Vaccination report Assam 1874-1896 - 1874-1896
Year: 1874
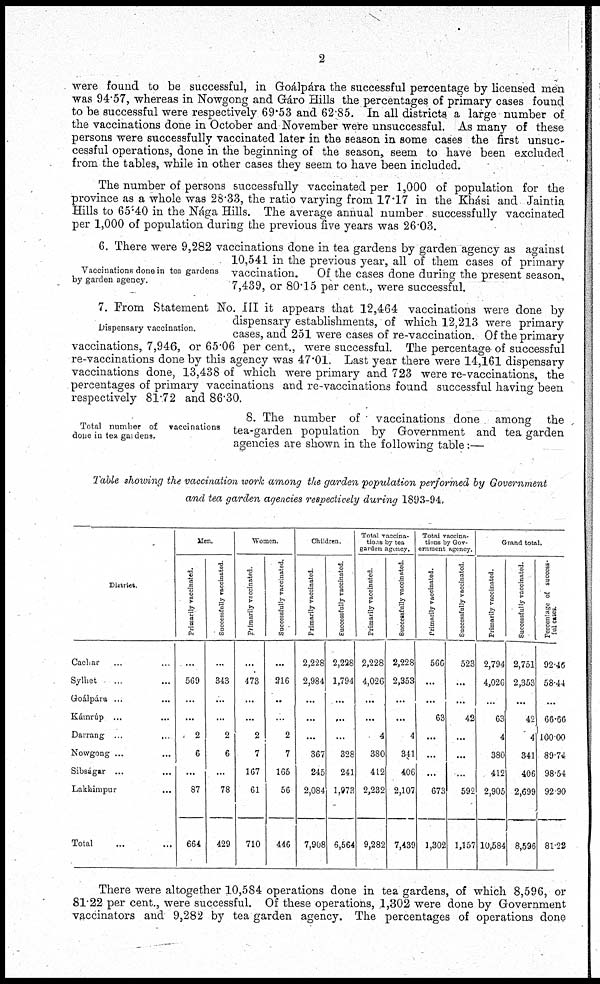
2
were found to be successful, in Goálpára the successful percentage by licensed men
was 94.57, whereas in Nowgong and Gáro Hills the percentages of primary cases found
to be successful were respectively 69.53 and 62.85. In all districts a large number of
the vaccinations done in October and November were unsuccessful. As many of these
persons were successfully vaccinated later in the season in some cases the first unsuc-
cessful operations, done in the beginning of the season, seem to have been excluded
from the tables, while in other cases they seem to have been included.
The number of persons successfully vaccinated per 1,000 of population for the
province as a whole was 28.33, the ratio varying from 17.17 in the Khási and Jaintia
Hills to 65.40 in the Nága Hills. The average annual number successfully vaccinated
per 1,000 of population during the previous five years was 26.03.
Vaccinations done in tea gardens
by garden agency.
6. There were 9,282 vaccinations done in tea gardens by garden agency as against
10,541 in the previous year, all of them cases of primary
vaccination.
Of the cases done during the present season,
7,439, or 80.15 per cent., were successful.
Dispensary vaccination.
7. From Statement No. III it appears that 12,464 vaccinations were done by
dispensary establishments, of which 12,213 were primary
cases, and 251 were cases of re-vaccination. Of the primary
vaccinations, 7,946, or 65.06 per cent., were successful. The percentage of successful
re-vaccinations done by this agency was 47.01. Last year there were 14,161 dispensary
vaccinations done, 13,438 of which were primary and 723 were re-vaccinations, the
percentages of primary vaccinations and re-vaccinations found successful having been
respectively 81.72 and 86.30.
Total number of vaccinations
done in tea gardens.
8. The number of vaccinations done among the
tea-garden population by Government and tea garden
agencies are shown in the following table:—
Table showing the vaccination work among the garden population performed by Government
and tea garden agencies respectively during 1893-94.
District.
Cachar ... ...
Sylhet ... ...
Goálpára ... ...
Kámrúp ... ...
Darrang ... ...
Nowgong ... ...
Sibságar ...
Lakhimpur ...
Total ... ...
Men.
Primarily vaccinated.
...
569
...
...
2
6
...
87
664
Successfully vaccinated.
...
343
...
...
2
6
...
78
429
Women.
Primarily vaccinated.
...
473
...
...
2
7
167
61
710
Successfully vaccinated.
...
216
...
...
2
7
165
56
446
Children.
Primarily vaccinated
2,228
2,984
...
...
...
367
245
2,084
7,908
Successfully vaccinated.
2,228
1,794
...
...
...
328
241
1,973
6,564
Total vaccina-
tions by tea
garden agency.
Primarily vaccinated.
2,228
4,026
...
...
4
380
412
2,232
9,282
Successfully vaccinated.
2,228
2,353
...
...
4
341
406
2,107
7,439
Total vaccina-
tions by Gov-
ernment agency.
Primarily vaccinated.
566
...
...
63
...
...
...
673
1,302
Successfully vaccinated
523
...
...
42
...
...
...
592
1,157
Grand total.
Primarily vaccinated.
2,794
4,026
...
63
4
380
412
2,905
10,584
Successfully vaccinated.
2,751
2,353
...
42
4
341
406
2,699
8,596
Percentage of success-
--l cases.
92.46
58.44
...
66.66
100.00
89.74
98.54
92.90
81.22
There were altogether 10,584 operations done in tea gardens, of which 8,596, or
81.22 per cent., were successful. Of these operations, 1,302 were done by Government
vaccinators and 9,282 by tea garden agency. The percentages of operations done